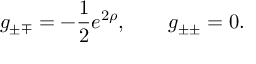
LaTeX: g _ { \pm \mp } = - \frac 1 2 e ^ { 2 \rho } , \qquad g _ { \pm \pm } = 0 .